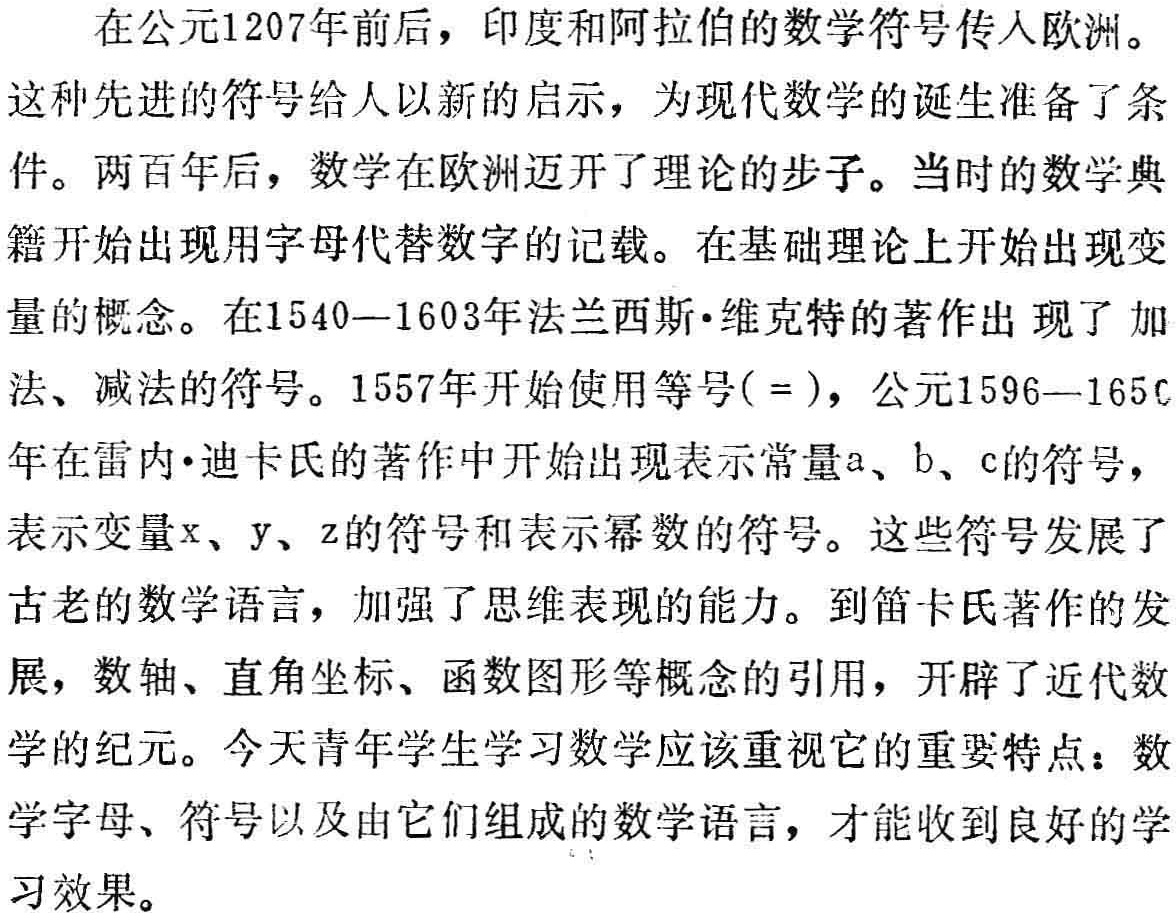
在公元1207年前后，印度和阿拉伯的数学符号传入欧洲。
这种先进的符号给人以新的启示，为现代数学的诞生准备了条
件。两百年后，数学在欧洲迈开了理论的步子。当时的数学典
籍开始出现用字母代替数字的记载。在基础理论上开始出现变
量的概念。在1540—1603年法兰西斯·维克特的著作出现了加
法、减法的符号。1557年开始使用等号( = )，公元1596—1650
年在雷内·迪卡氏的著作中开始出现表示常量a、b、c的符号，
表示变量x、y、z的符号和表示幂数的符号。这些符号发展了
古老的数学语言，加强了思维表现的能力。到笛卡氏著作的发
展，数轴、直角坐标、函数图形等概念的引用，开辟了近代数
学的纪元。今天青年学生学习数学应该重视它的重要特点：数
学字母、符号以及由它们组成的数学语言，才能收到良好的学
习效果。